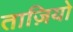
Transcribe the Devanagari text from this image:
ताज़ियो